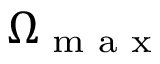
\Omega _ { \textrm { m a x } }